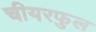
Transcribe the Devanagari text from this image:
चीयरफुल